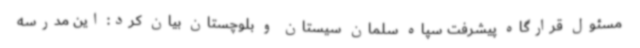
مسئول قرارگاه پیشرفت سپاه سلمان سیستان و بلوچستان بیان کرد: این مدرسه